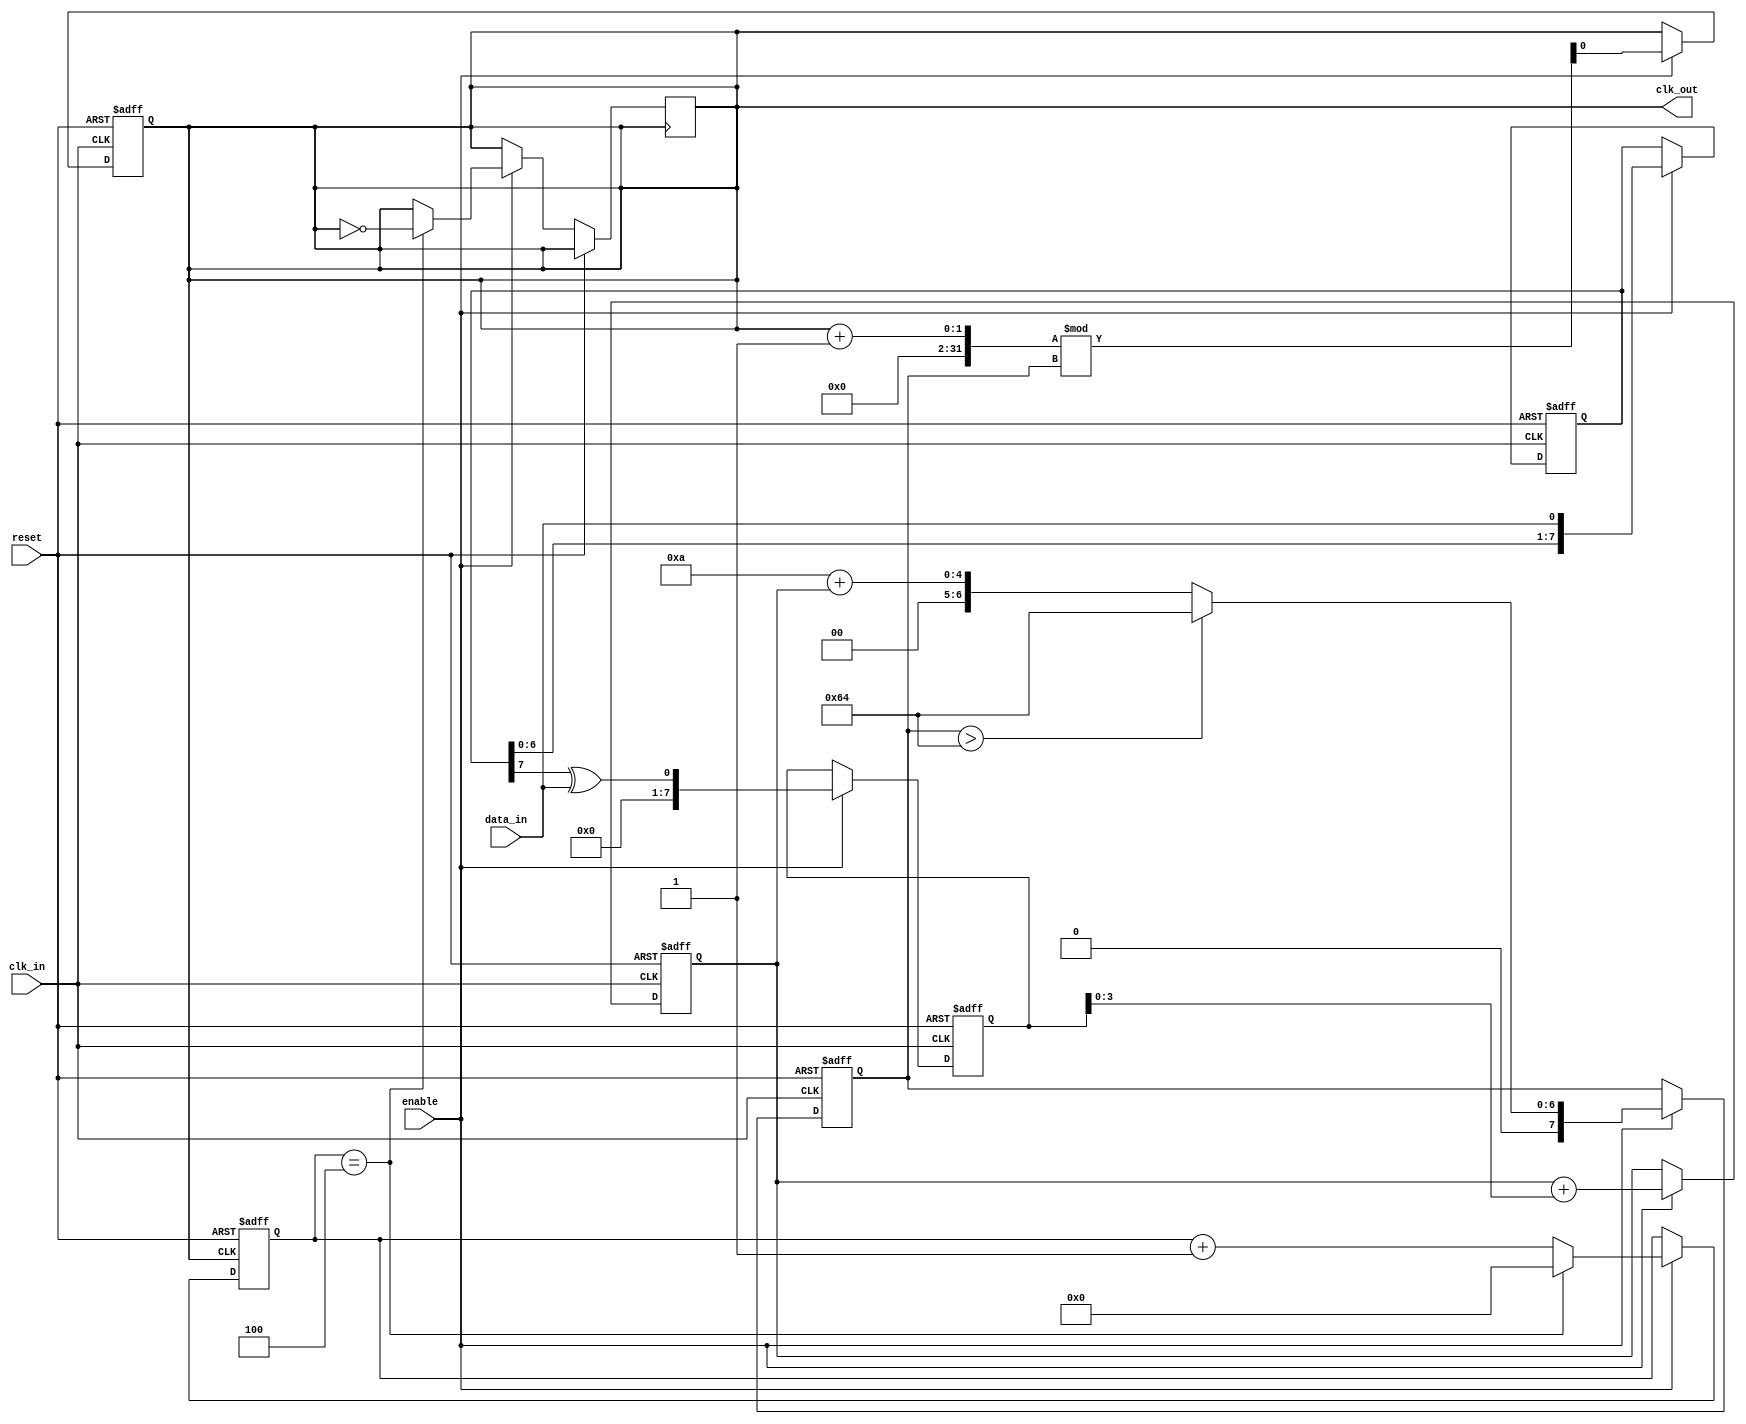
module clock_recovery_pll (
    input wire clk_in,          // Incoming data clock
    input wire data_in,         // Incoming data signal
    output reg clk_out,         // Output clock signal
    input wire reset,           // Reset signal
    input wire enable           // Enable signal
);

    // Parameters
    parameter MEMORY_DEPTH = 8; // Depth of memory blocks
    parameter VCO_MAX_FREQ = 100; // Max frequency for VCO
    parameter VCO_MIN_FREQ = 10;  // Min frequency for VCO

    // Internal signals
    reg [MEMORY_DEPTH-1:0] phase_memory; // Memory blocks for phase information
    reg [7:0] phase_error;                // Phase error signal
    reg [7:0] control_voltage;            // Control voltage for VCO
    reg [7:0] vco_freq;                   // VCO frequency
    reg [3:0] loop_filter;                // Loop filter output
    reg [3:0] clk_divider;                // Clock divider

    // Phase Detector
    always @(posedge clk_in or posedge reset) begin
        if (reset) begin
            phase_memory <= 0;
            phase_error <= 0;
        end else if (enable) begin
            // Simple phase detection logic
            phase_memory <= {phase_memory[MEMORY_DEPTH-2:0], data_in};
            phase_error <= phase_memory[MEMORY_DEPTH-1] ^ data_in; // XOR for phase error
        end
    end

    // Loop Filter (First-order)
    always @(posedge clk_in or posedge reset) begin
        if (reset) begin
            loop_filter <= 0;
        end else if (enable) begin
            loop_filter <= loop_filter + phase_error; // Integrate phase error
        end
    end

    // Voltage-Controlled Oscillator (VCO)
    always @(posedge clk_in or posedge reset) begin
        if (reset) begin
            vco_freq <= VCO_MIN_FREQ;
            clk_out <= 0;
        end else if (enable) begin
            // Adjust VCO frequency based on control voltage
            vco_freq <= VCO_MIN_FREQ + loop_filter; // Simple linear adjustment
            if (vco_freq > VCO_MAX_FREQ) begin
                vco_freq <= VCO_MAX_FREQ;
            end
            // Generate output clock based on VCO frequency
            clk_out <= (clk_out + 1) % (vco_freq); // Simple clock generation
        end
    end

    // Clock Divider (optional)
    always @(posedge clk_out or posedge reset) begin
        if (reset) begin
            clk_divider <= 0;
        end else if (enable) begin
            clk_divider <= clk_divider + 1;
            if (clk_divider == 4) begin // Divide by 4
                clk_out <= ~clk_out; // Toggle output clock
                clk_divider <= 0;
            end
        end
    end

endmodule